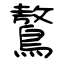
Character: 鷔